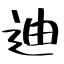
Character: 迪